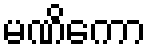
မဏိကော